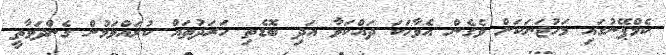
ކެމްޕޭނުގައި މަހުޖަނަކަށް ވެގެން އެވާހަކަ ދައްކަވާ އަދި ބޮޑެތި ހަރަދުތައް ކުރައްވަމުން ގެންދަވާތީ